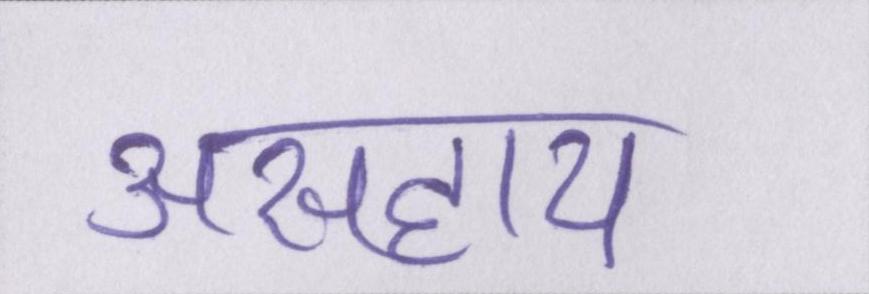
असहाय